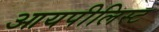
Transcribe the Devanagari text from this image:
आयपीलिस्ट